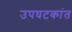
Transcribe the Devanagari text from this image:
उपघटकांत